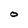
Character: o